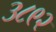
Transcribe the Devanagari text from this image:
३८९२